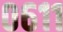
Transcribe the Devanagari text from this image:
०६११